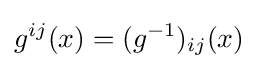
g^{ij}(x)=(g^{-1})_{ij}(x)